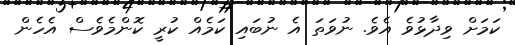
ކަމަށް ވިދާޅުވެ އެވެ. ނުވަތަ އެ ނުބައި ކަމެއް ކުރީ ކޮންމެވެސް އެހެން